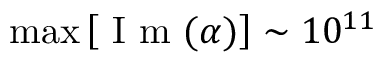
\operatorname* { m a x } \left[ \mathrm { ~ I ~ m ~ } ( \alpha ) \right] \sim 1 0 ^ { 1 1 }